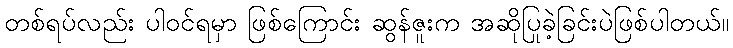
တစ်ရပ်လည်း ပါဝင်ရမှာ ဖြစ်ကြောင်း ဆွန်ဇူးက အဆိုပြုခဲ့ခြင်းပဲဖြစ်ပါတယ်။